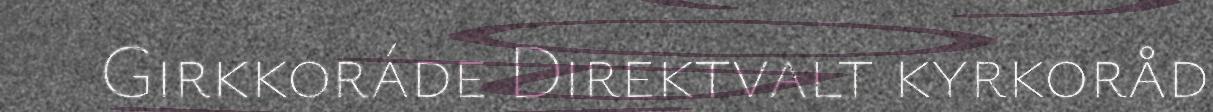
Girkkoráde Direktvalt kyrkoråd